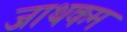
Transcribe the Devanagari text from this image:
जाथकम